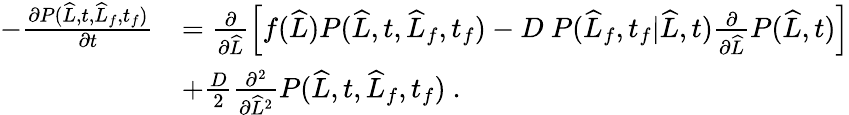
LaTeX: \begin{array}{rl}{-\frac{\partial P(\widehat{L},t,\widehat{L}_{f},t_{f})}{\partial t}}&{=\frac{\partial}{\partial\widehat{L}}\left[f(\widehat{L})P(\widehat{L},t,\widehat{L}_{f},t_{f})-D\ P(\widehat{L}_{f},t_{f}|\widehat{L},t)\frac{\partial}{\partial\widehat{L}}P(\widehat{L},t)\right]}\\ &{+\frac{D}{2}\frac{\partial^{2}}{\partial\widehat{L}^{2}}P(\widehat{L},t,\widehat{L}_{f},t_{f})\ .}\end{array}